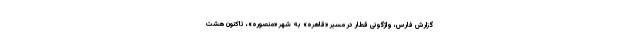
گزارش فارس، واژگونی قطار در مسیر «قاهره» به شهر «منصوره»، تاکنون هشت